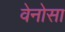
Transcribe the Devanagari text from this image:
वेनोसा